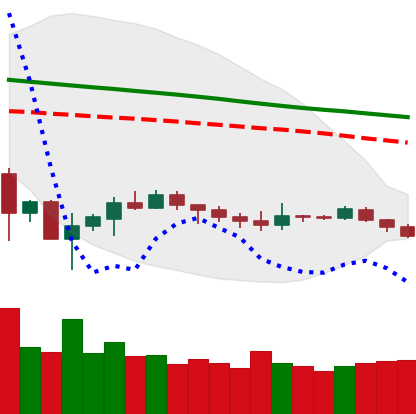
Ticker: ETH-USD
Chart end date: 2019-12-11
Forward return: -6.959%
Label: down_5_7